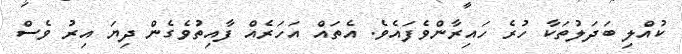
ކުއްލި ބަދަލުތަކާ ހުރެ ހައިރާންވެފައެވެ. އެތައް އަހަރެއް ފާއިތުވެގެން ދިޔަ އިރު ވެސް